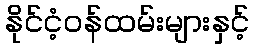
နိုင်ငံ့ဝန်ထမ်းများနှင့်